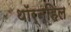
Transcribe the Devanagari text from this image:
थॉर्नहिल